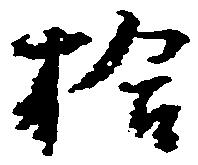
拾